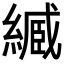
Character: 𦄤